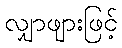
လျှာဖျားဖြင့်